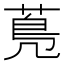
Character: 𦳓